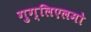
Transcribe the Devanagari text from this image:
गुग्लिएलमो